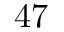
4 7